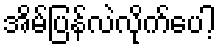
အိမ်ပြန်လဲလိုက်ပေါ့